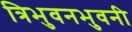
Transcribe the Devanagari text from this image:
त्रिभुवनभुवनी